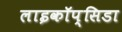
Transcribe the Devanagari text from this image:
लाइकॉप्सिडा